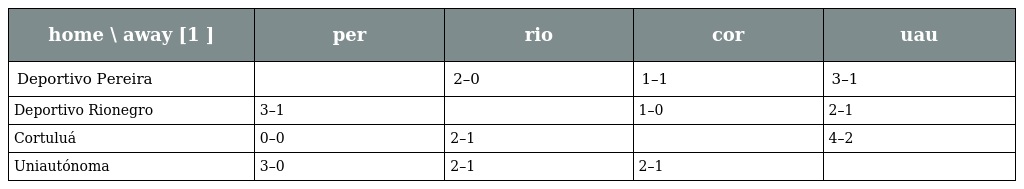
| home \ away [1 ] | per | rio | cor | uau |
 | --- | --- | --- | --- | --- |
 | Deportivo Pereira |  | 2–0 | 1–1 | 3–1 |
 | Deportivo Rionegro | 3–1 |  | 1–0 | 2–1 |
 | Cortuluá | 0–0 | 2–1 |  | 4–2 |
 | Uniautónoma | 3–0 | 2–1 | 2–1 |  |